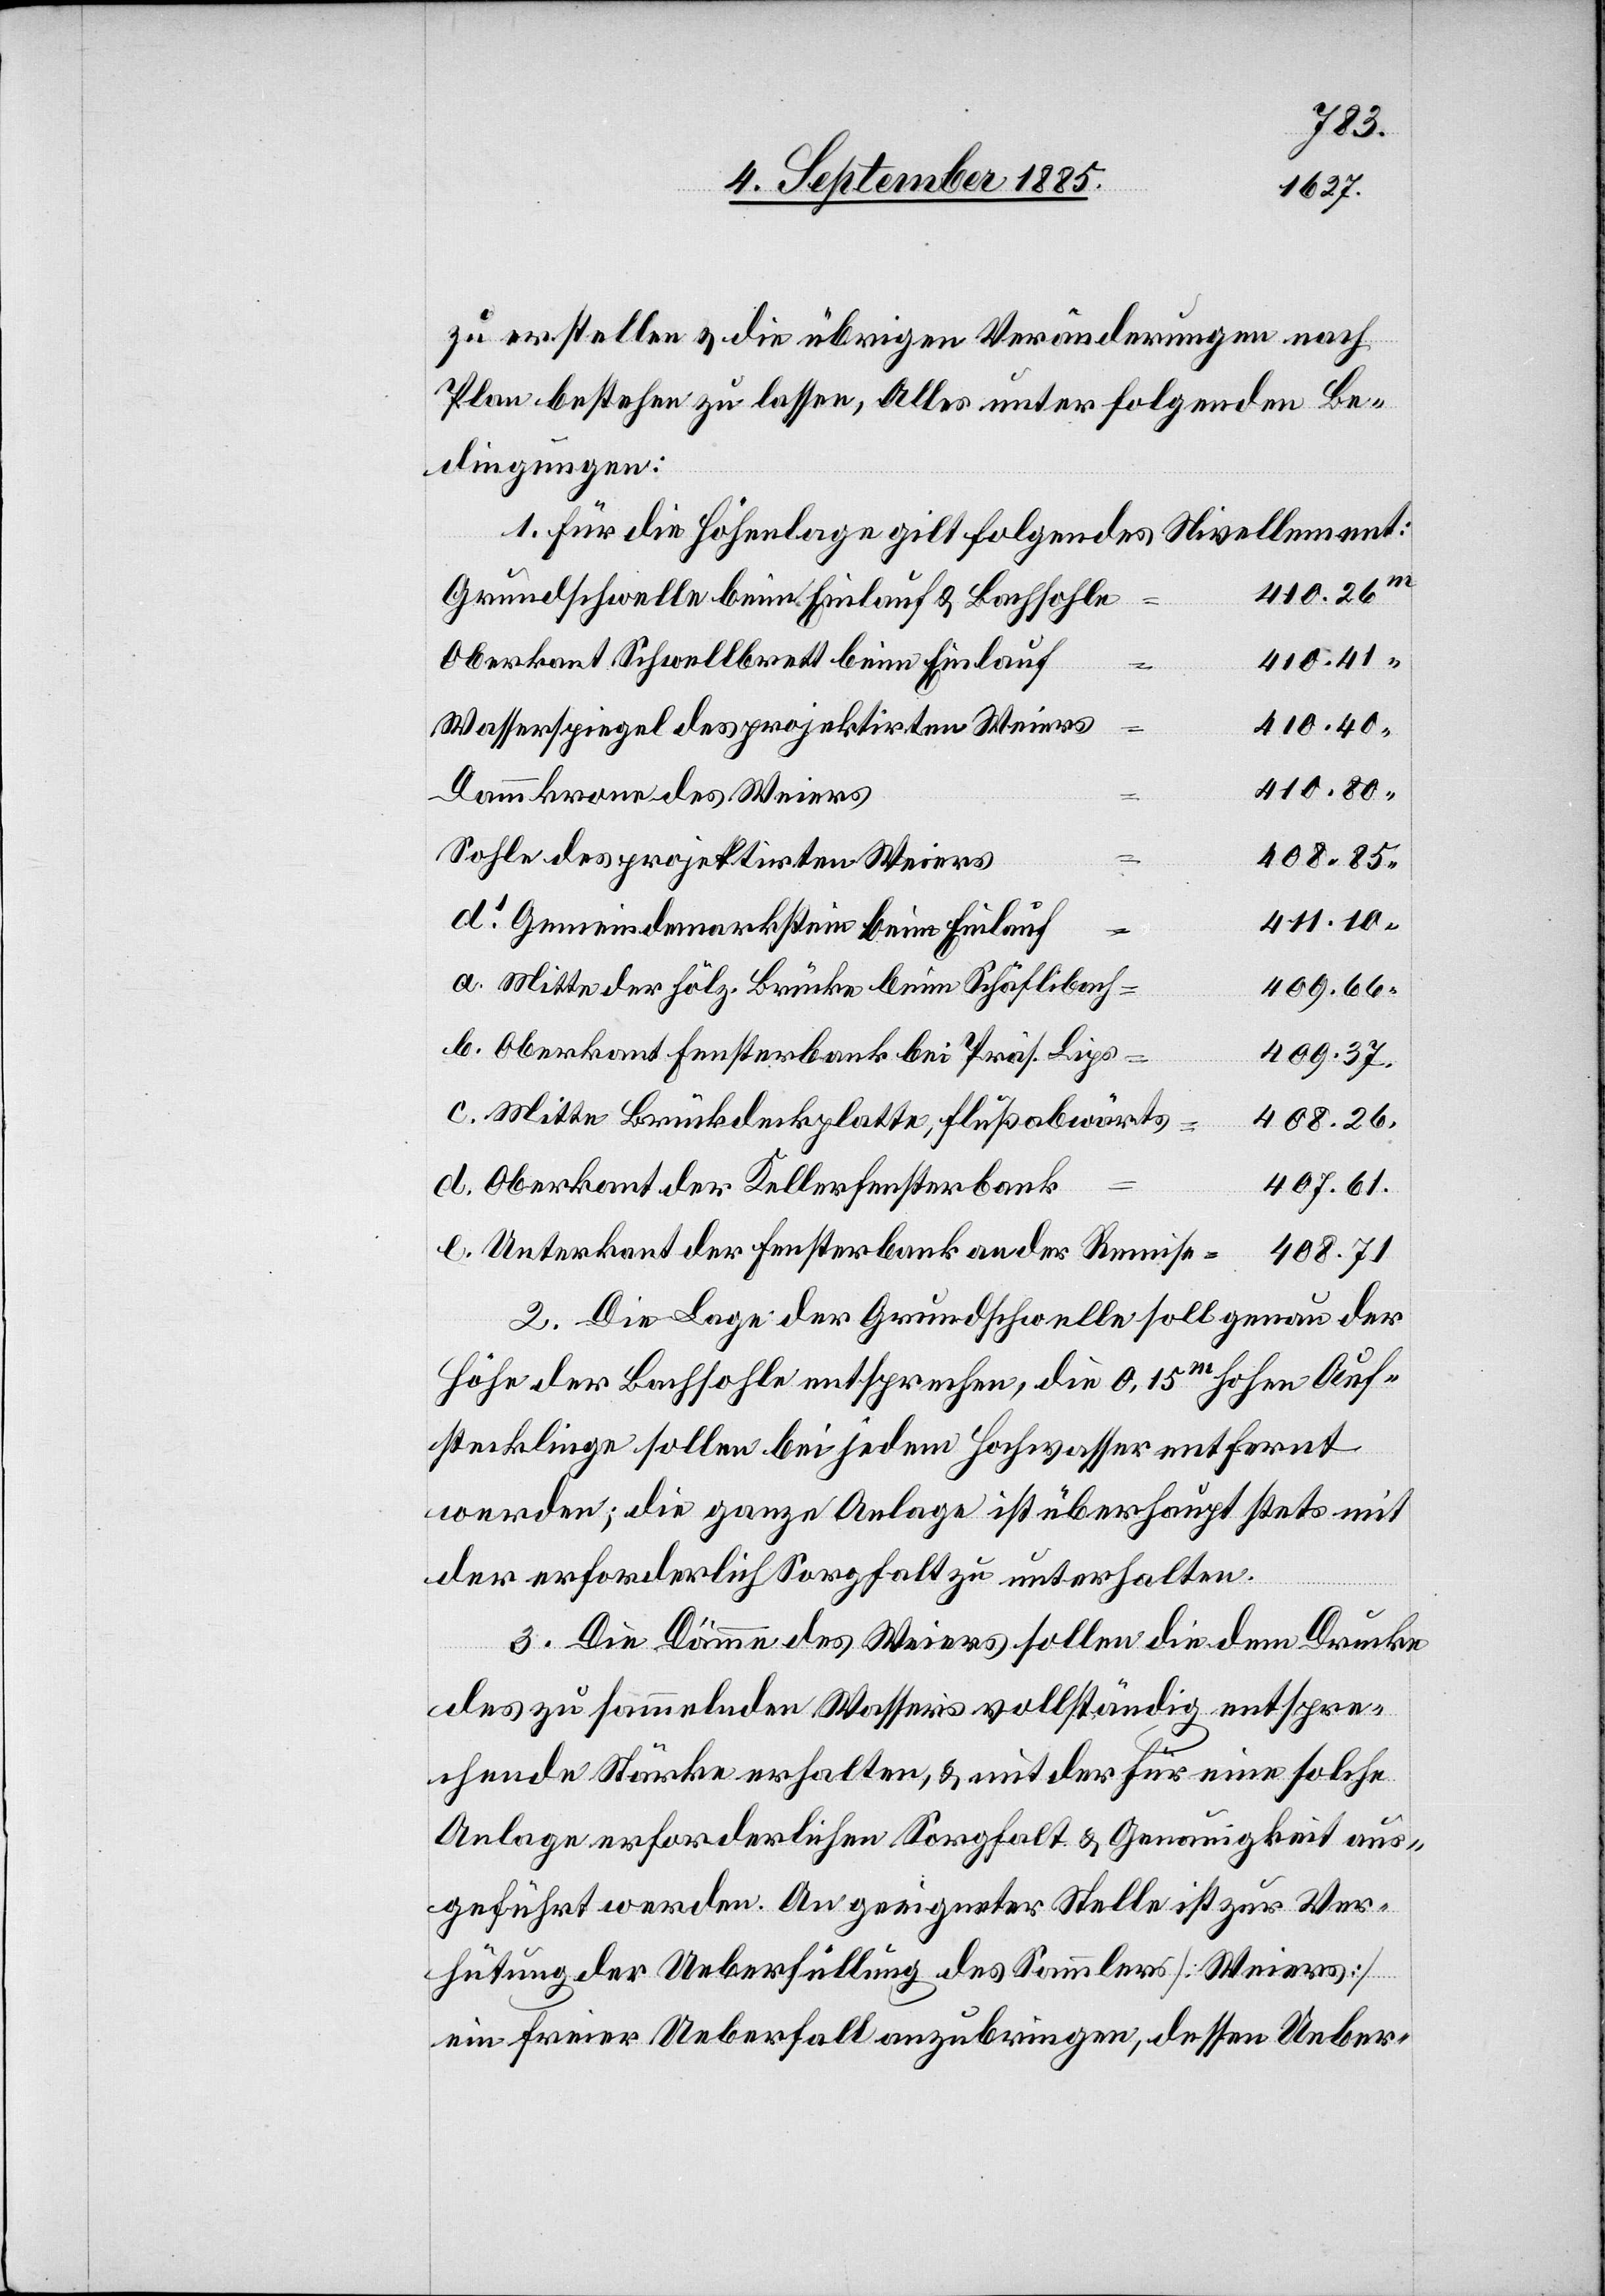
zu erstellen & die übrigen Veränderungen nach
Plan bestehen zu lassen, Alles unter folgenden Be¬
dingungen:
1. Für die Höhenlage gilt folgendes Nivellement:
410.80
Grundschwelle beim Einlauf & Bachsohle
410.41
Oberkant Schwellbrett beim Einlauf
[?d¬
Wasserspiegel des projektirten Weiers
410.40
Dammkrone des Weiers
408.85
Sohle des projektirten Weiers
411.10
o] Gemeindemarkstein beim Einlauf
“
a. Mitte der hölz. Brücke beim Schäflibach
409.66
b. Oberkant Fensterbank bei Präs. Lips
409.37
c. Mitte Brückdeckplatte, flußabwärts
408.26
407.61
d. Oberkant der Kellerfensterbank
e. Unterkant der Fensterbank an der Remise
408.71
2. Die Lage der Grundschwelle soll genau der
Höhe der Bachsohle entsprechen, die 0,15m hohen Auf¬
stecklinge sollen bei jedem Hochwasser entfernt
werden, die ganze Anlage ist überhaupt stets mit
der erforderlich[en] Sorgfalt zu unterhalten.
3. Die Dämme des Weiers sollen die dem Drucke
des zu sammelnden Wassers vollständig entspre¬
chende Stärke erhalten, & mit der für eine solche
Anlage erforderlichen Sorgfalt & Genauigkeit aus¬
geführt werden. An geeigneter Stelle ist zur Ver¬
hütung der Ueberfüllung des Sammlers [Weiers]
ein freier Ueberfall anzubringen, dessen Ueber-